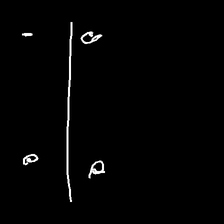
Glyph: cool